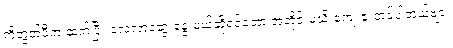
ကိုတွတ်ပီက ဆက်ပြီး လေ့လာဆွေးနွေးမယ်ဆိုရင်တော့ အတိုင်းမသိ ကျေးဇူးတင်ပါတယ်ဗျာ။